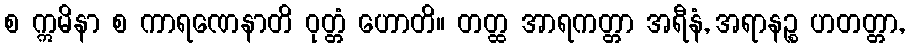
စ ဣမိနာ စ ကာရဏေနာတိ ဝုတ္တံ ဟောတိ။ တတ္ထ အာရကတ္တာ အရီနံ, အရာနဉ္စ ဟတတ္တာ,